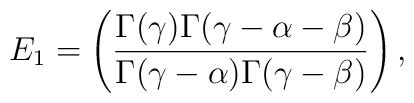
E_1= \left(\frac{\Gamma(\gamma)\Gamma(\gamma-\alpha-\beta)}{\Gamma(\gamma -\alpha)\Gamma(\gamma - \beta)}\right),